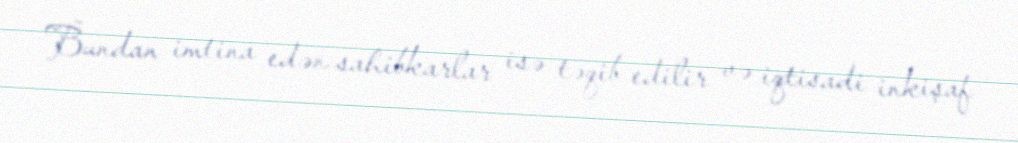
Bundan imtina edən sahibkarlar isə təqib edilir və iqtisadi inkişaf